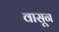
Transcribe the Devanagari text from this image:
वासून